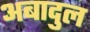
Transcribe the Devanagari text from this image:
अबादुल